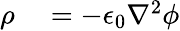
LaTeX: \begin{array}{rl}{\rho}&{{}=-\epsilon_{0}\nabla^{2}\phi}\end{array}